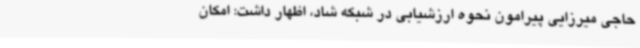
حاجی میرزایی پیرامون نحوه ارزشیابی در شبکه شاد، اظهار داشت: امکان